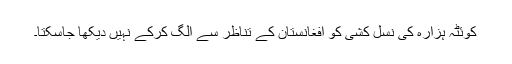
کوئٹہ ہزارہ کی نسل کشی کو افغانستان کے تناظر سے الگ کرکے نہیں دیکھا جاسکتا۔